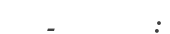
-       :